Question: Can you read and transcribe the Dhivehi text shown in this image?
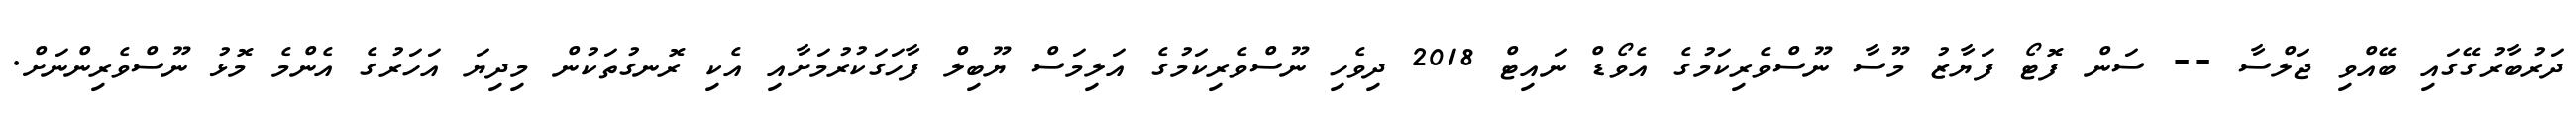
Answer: ދަރުބާރުގޭގައި ބޭއްވި ޖަލްސާ -- ސަން ފޮޓޯ ފަޔާޒު މޫސާ ނޫސްވެރިކަމުގެ އެވޯޑް ނައިޓް 2018 ދިވެހި ނޫސްވެރިކަމުގެ އަލިމަސް ޔޫބިލް ފާހަގަކުރުމަށާއި އެކި ރޮނގުތަކުން މިދިޔަ އަހަރުގެ އެންމެ މޮޅު ނޫސްވެރިންނަށް.